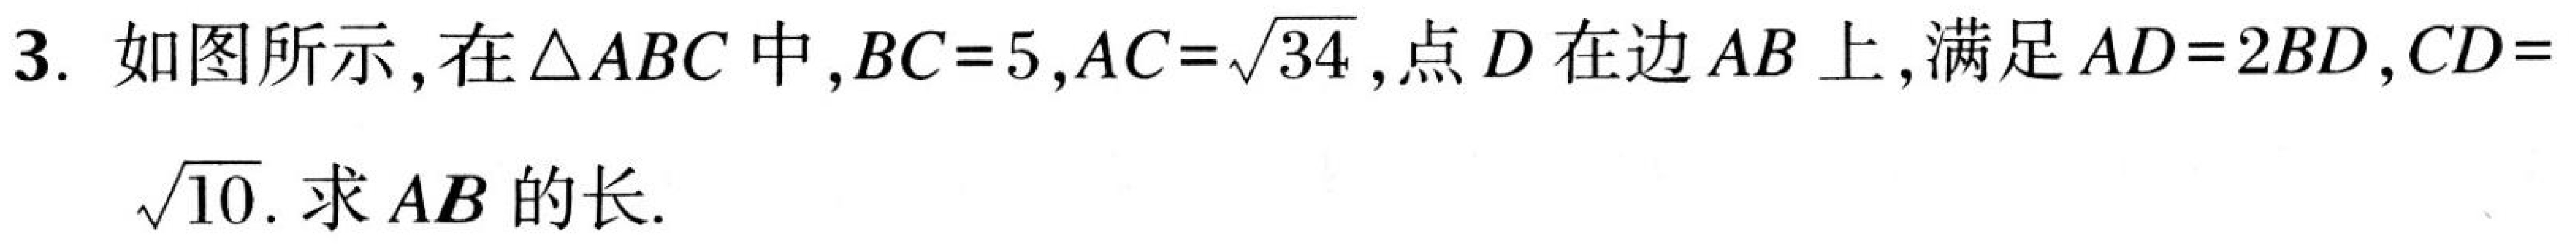
3. 如图所示，在\(\triangle ABC\)中，\(BC = 5\)，\(AC=\sqrt{34}\)，点\(D\)在边\(AB\)上，满足\(AD = 2BD\)，\(CD=\sqrt{10}\). 求\(AB\)的长.